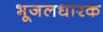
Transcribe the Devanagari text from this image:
भूजलधारक